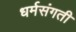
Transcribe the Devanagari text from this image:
धर्मसंगती